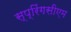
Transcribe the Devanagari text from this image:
स्प्रिंगसीएम